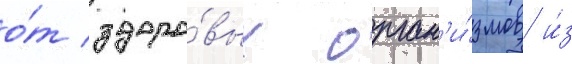
о́т здоро́вых орган'и́змов и́з